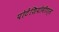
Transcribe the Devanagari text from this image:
पोटेंशियोमीटर्स